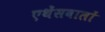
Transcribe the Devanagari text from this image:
एथेंसवालों